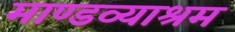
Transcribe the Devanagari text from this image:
माण्डव्याश्रम